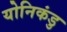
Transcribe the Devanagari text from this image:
योनिकंडु